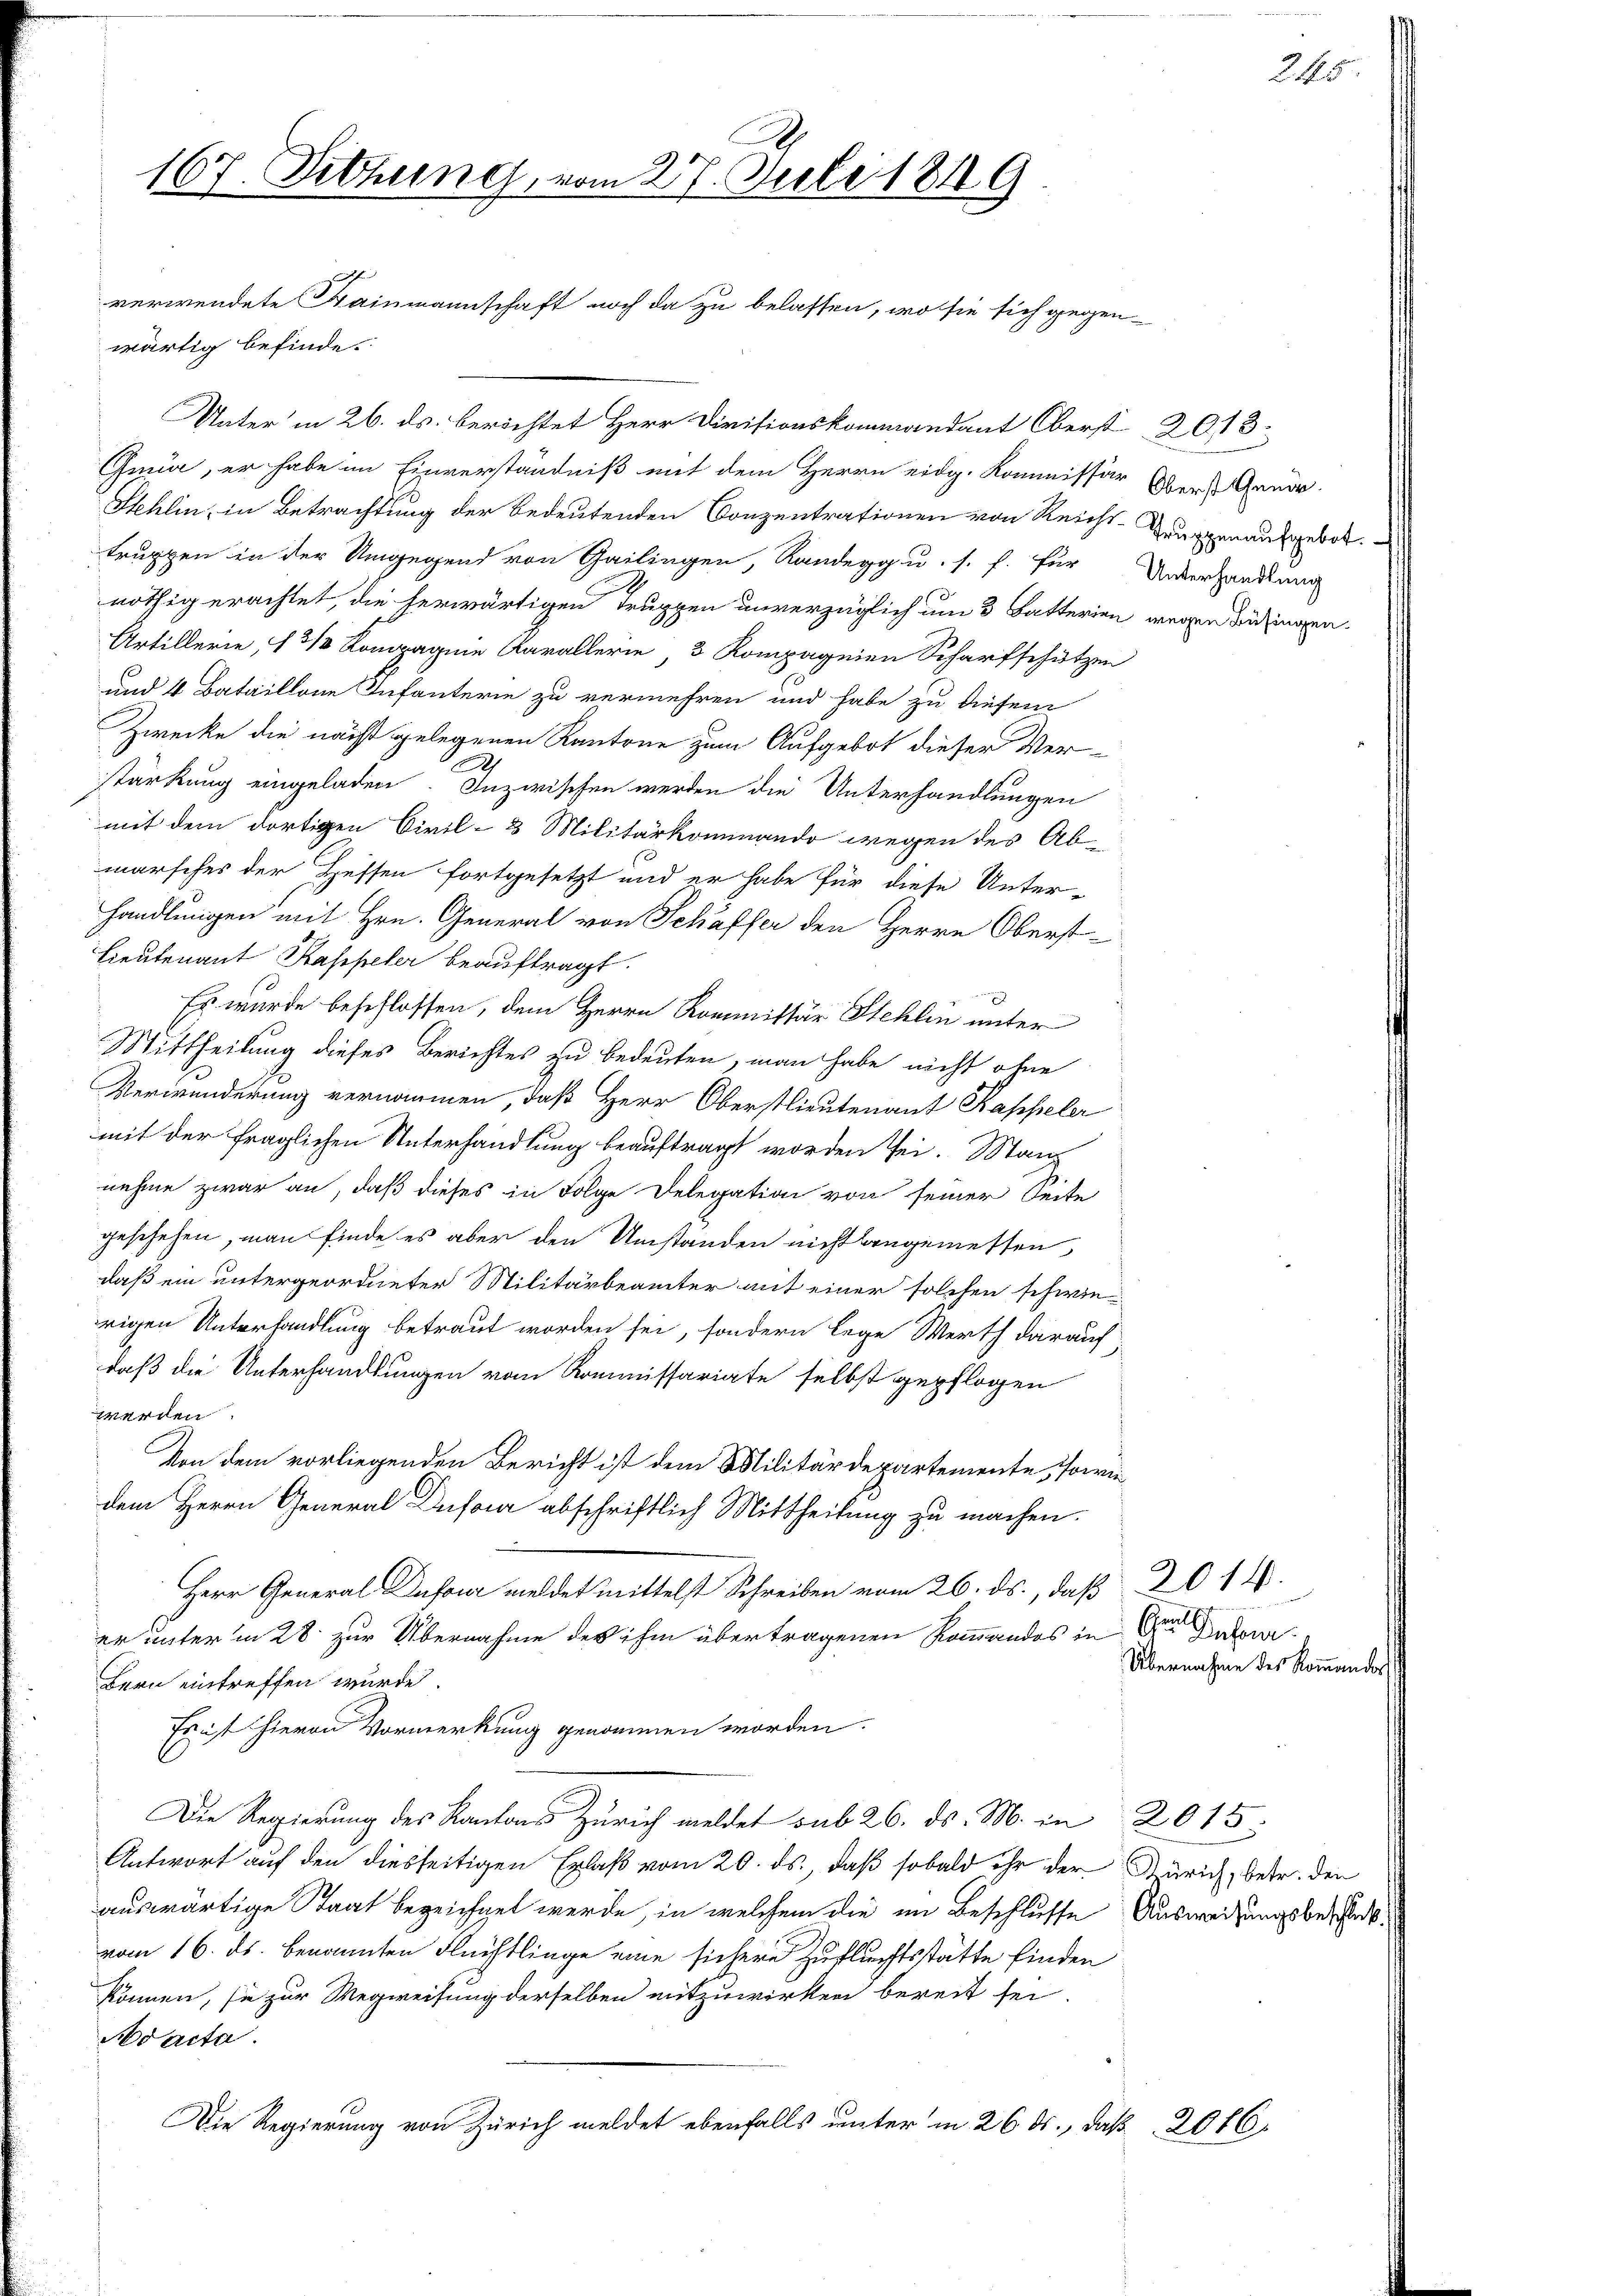
wärtig befinde.
Unter in 26. ds. berichtet Herr Divisionskommandant Oberst 2013.
Gma, er habe im Einverständniß mit dem Herrn eidg. Kommissär Ober-Gaudr
Stehlin, in Betrachtung der bedeutenden Conzentrationen von Reichs-Truppenaufgebot.
truppen in der Umgegend von Gailingen, Randegg u. s. f. für Unterhandlung
nöthig erachtet, die herwärtigen Truppen unverzüglich um 3 Batterien wegen Büdingen
Artillerie, 13/ Kompagnie Karallerie, 3 Kompagnien Scharfschützen
und 4 Bataillone Infanterie zu vermehren und habe zu diesem
Zwecke die nächst gelegenen Kantone zum Aufgebot dieser Ver-
stärkung eingeladen Inzwischen werden die Unterhandlungen
mit dem dortigen Civil-3 Militärkommando wegen des Abmarsches der Hessen fortgesetzt und er habe für diese Unter-
Handlungen mit Hrn. General von Schäffer den Herrn Oberst-
Lieutenant Kappeler beauftragt.
e
Es wurde beschlossen, dem Herrn Kommittär Stehlin unter
Mittheilung dieses Berichtes zu bedeuten, man habe nicht ohne
Verwunderung vernommen, daß Herr Oberstlieutenant Kappeler
mit der fraglichen Unterhandlung beauftragt worden sei. March
nehme zwar an, daß dieses in Folge Delegation von seiner Seite
geschehen, man finde es aber den Umstanden nicht angemessen
daß ein untergeordneter Militärbeamter mit einer solchen schwierigen Unterhandlung betraut worden sei, sondern lege Werth darauf
daß die Unterhandlungen vom Kommissariate selbst gepflogen
werden.
Von dem vorliegenden Bericht ist dem Militärdepartemente, sowie
dem Herrn General Defon abschriftlich Mittheilung zu machen.
Herr Gener mittelst Schreiben 26. ds., daß 2014.
er unter in 28 zur Übernahme des ihm übertragenen Kommandos in der Dar
Bern eintreffen wurde.
Er ist hievon Vormerkung genommen worden.
Die Regierung des Kantons Zürich meldet sub 26. ds. M. in 2015:
Antwort auf den diesseitigen Erlaß vom 20. ds. daß sobald ihr der Zürich, betr. den
auswärtige Staat bezeichnet werde, in welchem die im Beschlusse Ausweisungsbeschickvom 16. ds. benannten Flüchtlinge eine sichere Zufluchtsstätte finden
können, sie zur Wegweisung derselben mitzuwirken bereit sei.
No acta.
Die Regierung von Zürich meldet ebenfalls unter in 26. ds., daß  2016.

167. Sitzung, vom 27. Juli 1849

verwendete Kainmannschaft noch da zu belassen, wo sie sich gegen-

Übernahme des Kommandos

245.